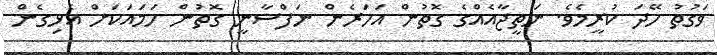
ވަގުތު ހޭދަ ކުރީމެވެ. ނަތީޖާާއެއްގެ ގޮތުން އަހަރެން ނަފްސާނީ ގޮތުން ހަމައަކަށް އެޅިގެން